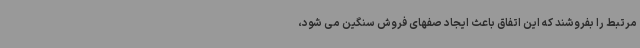
مرتبط را بفروشند که این اتفاق باعث ایجاد صفهای فروش سنگین می شود،